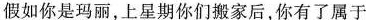
假如你是玛丽，上星期你们搬家后，你有了属于